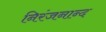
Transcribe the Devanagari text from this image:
निरंजनान्द